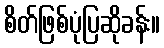
စိတ်ဖြစ်ပုံပြဆိုခန်း။